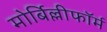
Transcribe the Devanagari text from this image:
मोर्बिल्लीफॉर्म